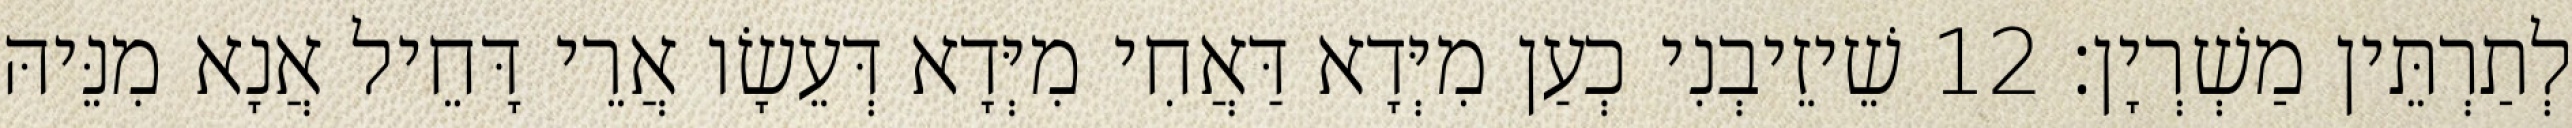
לְתַרְתֵּין מַשְׁרְיָן׃ 12 שֵׁיזֵיבְנִי כְעַן מִיְּדָא דַּאֲחִי מִיְּדָא דְּעֵשָׂו אֲרֵי דָּחֵיל אֲנָא מִנֵּיהּ